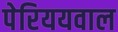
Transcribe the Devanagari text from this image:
पेरिययवाल